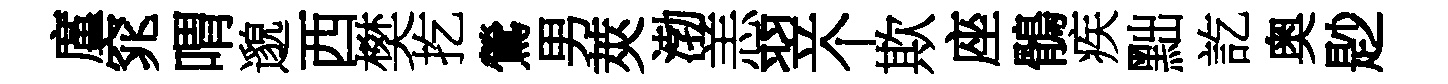
廑窕喟邈西樊扢鶯男莢渤恙翌个欺座鶻疾黜訖奥尟